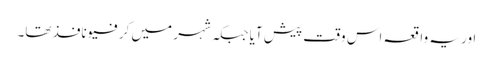
اور یہ واقعہ اس وقت پیش آیا جبکہ شہر میں کرفیو نافذ تھا۔